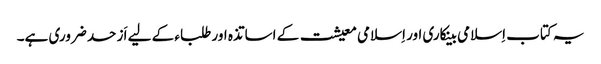
یہ کتاب اِسلامی بینکاری اور اِسلامی معیشت کے اساتذہ اور طلباء کے لیے اَز حد ضروری ہے۔